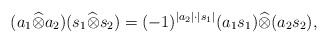
LaTeX: \begin{align*}(a_1\widehat{\otimes} a_2)(s_1\widehat{\otimes}s_2)=(-1)^{|a_2|\cdot |s_1|}(a_1s_1)\widehat{\otimes}(a_2s_2),\end{align*}